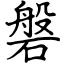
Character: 磐